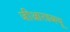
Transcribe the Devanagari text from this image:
जीआरडब्ल्यू